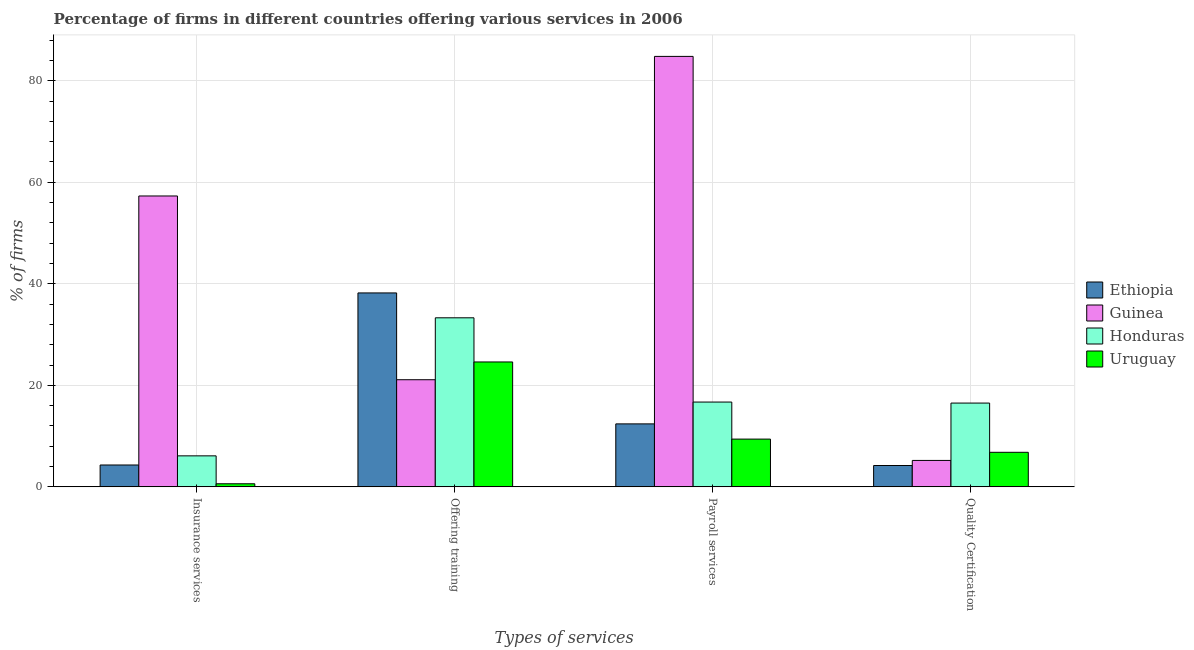
| Types of services | Ethiopia | Guinea | Honduras | Uruguay |
 | --- | --- | --- | --- | --- |
 | Insurance services | 4.3 | 57.3 | 6.1 | 0.6 |
 | Offering training | 38.2 | 21.1 | 33.3 | 24.6 |
 | Payroll services | 12.4 | 84.8 | 16.7 | 9.4 |
 | Quality Certification | 4.2 | 5.2 | 16.5 | 6.8 |